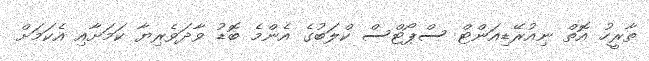
ތާރީހު އޮތް ނިއުރޭޑިއަންޓް ސްޕޯޓްސް ކްލަބުގެ އެންމެ ބޮޑު ވާދަވެރިޔާ ކަމަށާއި އެކަމަށް